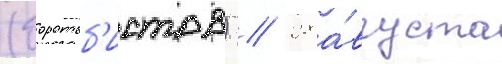
(боротьб'истов) // 28 а́вгуста